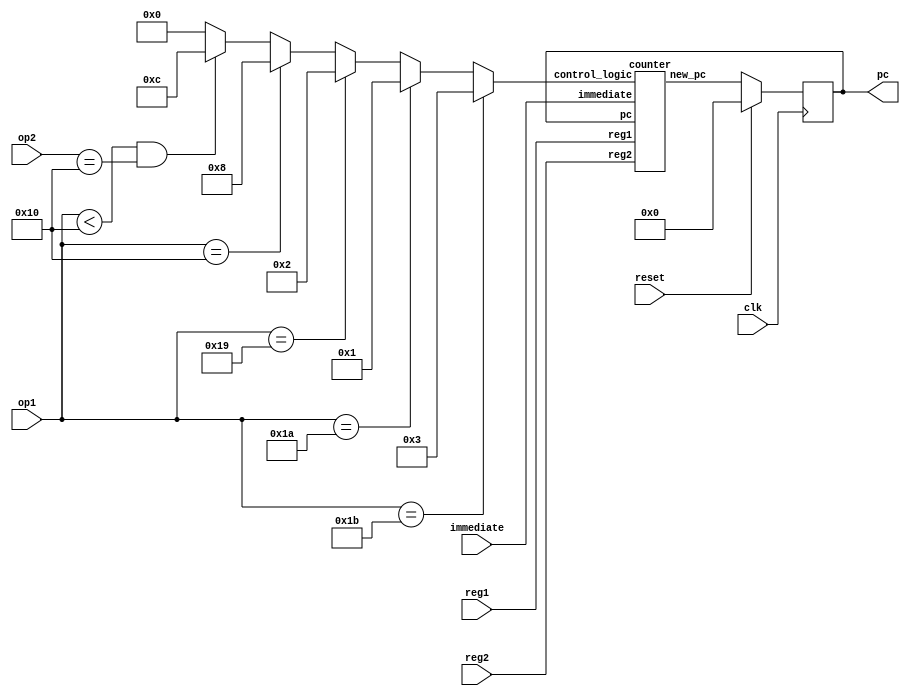
// basic sizes of things
`define Word	[15:0]
`define HalfWord[7:0]
`define Opcode  [4:0]
`define Opcode1	[15:11]
`define Opcode2 [7:3]
`define Reg     [2:0]
`define Reg1    [10:8]
`define Reg2    [2:0]
`define Imm8    [7:0]
`define RegSize [16:0]
`define RegNum  [7:0]
`define RegType [16]
`define RegValue[15:0]
`define MemSize [65535:0]
`define Acc0    [0]
`define Acc1    [1]
`define NumReg  8

// opcode values
`define OPnot	5'b00000
`define OPand	5'b00001
`define OPor	5'b00010
`define OPxor	5'b00011
`define OPadd	5'b00100
`define OPsub	5'b00101
`define OPmul	5'b00110
`define OPdiv	5'b00111
`define OPsh	5'b01000
`define OPslt	5'b01001
`define OPcvt 	5'b01010
`define OPlf	5'b01011
`define OPli	5'b01100
`define OPr2a	5'b01101
`define OPa2r	5'b01110
`define OPst	5'b01111
`define OPjr    5'b10000
`define OPjnz8  5'b11001
`define OPjz8   5'b11010
`define OPjp8   5'b11011
`define OPcf8   5'b11100
`define OPci8   5'b11101
`define OPpre   5'b11110
`define OPsys   5'b11111

//Bit value for float vs int registers
`define Float   1'b1
`define Int     1'b0

//Control signal channels
`define Signal          [3:0]
`define J_8_Compare     [1:0]
`define Reg_Value       [2]
`define Jr_Load         [3]
`define PCinc           2'b00
`define Reg_is_0        2'b01
`define Reg_is_not_0    2'b10
`define UseImm8         2'b11
`define Jr_None         2'b00
`define Jr_Reg1         2'b10
`define Jr_Reg2         2'b11

//PC and jump logic
module tacky_jump(pc, op1, op2, immediate, reg1, reg2, clk, reset);
output reg `Word pc; 
input `Word reg1, reg2, immediate; input `Opcode op1, op2; input clk, reset;

reg `Signal signal;
wire `Word next_pc;

initial 
begin
    pc = 0;
    signal = 0;
end

counter count(next_pc, immediate, reg1, reg2, signal, pc);

always @(op1, op2) 
begin
    if(op1 == `OPjp8)                           signal = {`Jr_None, `UseImm8};
    else if(op1 == `OPjz8)                      signal = {`Jr_None, `Reg_is_0};
    else if(op1 == `OPjnz8)                     signal = {`Jr_None, `Reg_is_not_0};
    else if(op1 == `OPjr)                       signal = {`Jr_Reg1, `PCinc};
    else if(op1 < `OPjr && op2 == `OPjr)        signal = {`Jr_Reg2, `PCinc};
    else                                        signal = {`Jr_None, `PCinc};
end

always @(posedge clk) 
begin
    if(!reset) pc <= next_pc;
    else pc <= 0;
end

endmodule

//Incrementer for pc
module incrementer(newpc, pc);
    output `Word newpc; 
    input `Word pc; 
    
    assign newpc = pc + 1;
endmodule


//Compare to see if a register value is or is not 0, as well as directly set the result if needed. 
//Used for jnz8, jp8, and jz8 (2b'00 is for none of them).
module compare_to_0(result, value, condition);
output reg result; 
input `Word value; input [1:0] condition;

always @(*)
    case(condition)
        `PCinc: result = 0;
        `Reg_is_0: result = value == 0;
        `Reg_is_not_0: result = value != 0;
        `UseImm8: result = 1;
    endcase
endmodule

//circuit which decides next value of pc
//Signal bits:
//[1:0]: decide whether to use load incremeted pc or {pre, immediate}
//[2]: decide which register to use for jr 
//[3]: decide between previous pc decision result and register value for pc (if[1:0] non-zero, should always be 0)
module counter(new_pc, immediate, reg1, reg2, control_logic, pc);
output `Word new_pc;
input `Signal control_logic; input `Word reg1, reg2, immediate, pc;
wire `Word pc_inc, pc_inc_vs_immediate, pc_result, reg1_vs_reg2;  
wire compare_result;

incrementer inc(pc_inc, pc);
compare_to_0 compare(compare_result, reg1, control_logic `J_8_Compare);
assign pc_inc_vs_immediate = (compare_result) ? immediate : pc_inc;
assign reg1_vs_reg2 = (control_logic `Reg_Value) ? reg2 : reg1;
assign pc_result = (control_logic `Jr_Load) ?  reg1_vs_reg2 : pc_inc_vs_immediate;
assign new_pc = pc_result;

endmodule

module tacky_halt(halt, op1);
output halt;
input `Opcode op1;

assign halt = (op1 == `OPsys) ? 1'b1 : 1'b0; 

endmodule

//Instruction memory
module tacky_instruction_mem(instruction, pc, reset);
output `Word instruction; 
input `Word pc; input reset;

reg `Word memory `MemSize;

initial 
begin
    $readmemh0(memory);
end

assign instruction = memory [pc];

always @ (posedge reset) 
begin
    $readmemh0(memory);
end

endmodule

//Register file. Handles determining which values to load based on current opcode(s). 
module tacky_register_file(pre_value, reg1_value, reg2_value, r0_value, r1_value, reg1, reg2, Imm8_to_pre, r0Str, r1Str, RegStr_Imm16, DataStr1, DataStr2, op1, op2, clk, reset);

output `RegSize reg1_value, reg2_value, r0_value, r1_value; //values for registers in instructions, as well as $0 and $1
output `HalfWord pre_value;                                 //value of pre register
input `Reg reg1, reg2;                                      //value coressponding to register number to access in instruction
input `Imm8 Imm8_to_pre;                                    //direct connection 8bit immediate to pre register (for pre instruction)
input `RegSize r0Str, r1Str;                                //results to be stored from ALU
input `Word RegStr_Imm16, DataStr1, DataStr2;               //results to be stored from an immediate value or from data memory
input `Opcode1 op1, op2;                                    //opcodes in instruction
input clk, reset;

reg `RegSize registers `RegNum;
reg `HalfWord pre;

integer i;

initial 
begin
    for (i = 0; i < `NumReg; i = i + 1)
    begin
        registers[i] = 0;
    end
    pre = 0;
end

assign reg1_value = registers[reg1];
assign reg2_value = registers[reg2];
assign r0_value = registers`Acc0;
assign r1_value = registers`Acc1;
assign pre_value = pre;

always @(negedge clk)
begin
    //ALU operations
    if(op1 <= `OPslt) registers `Acc0 <= r0Str;
    if(op1 <= `OPjr && op2 <= `OPslt) registers `Acc1 <= r1Str;
    
    //Pre
    if(op1 == `OPpre) pre <= Imm8_to_pre;
    
    //Load immediate
    if(op1 == `OPcf8) registers[reg1] <= {`Float, RegStr_Imm16};
    if(op1 == `OPci8) registers[reg1] <= {`Int, RegStr_Imm16};
    
    //Load from memory
    if(op1 == `OPlf) registers[reg1] <= {`Float, DataStr1}; 
    if(op1 <= `OPjr && op2 == `OPlf) registers[reg2] <= {`Float, DataStr2};
    if(op1 == `OPli) registers[reg1] <= {`Int, DataStr1};
    if(op1 <= `OPjr && op2 == `OPli) registers[reg2] <= {`Int, DataStr2};
    
    //Accumulator <-> register
    if(op1 == `OPa2r) registers[reg1] <= registers`Acc0;
    if(op1 <= `OPjr && op2 == `OPa2r) registers[reg2] <= registers`Acc1;
    if(op1 == `OPr2a) registers`Acc0 <= registers[reg1];
    if(op1 <= `OPjr && op2 == `OPr2a) registers`Acc1 <= registers[reg2];
end

always @(posedge reset) 
begin
    for (i = 0; i < `NumReg; i = i + 1)
    begin
        registers[i] = 0;
    end
    pre = 0;
end

endmodule 

//External module which prepends pre register to immediate value in instruction.
//Ignored if not needed.
module tacky_prepend(Imm16, pre, Imm8);
    output `Word Imm16;
    input `HalfWord pre, Imm8;
    assign Imm16 = {pre, Imm8};
endmodule


//Data memory
module tacky_data_mem(reg1Str, reg2Str, op1, op2, reg1, reg2, r0, r1, reset);
output reg `Word reg1Str, reg2Str;      //Values to store in register file 
input `Word reg1, reg2, r0, r1;     //values of registers specifed from instructions
input `Opcode op1, op2;             //opcode values in instructions
input reset;

reg `Word memory `MemSize;

initial 
begin
    $readmemh1(memory);
end

always @(op1 or op2 or reg1 or reg2 or r0 or r1)
begin
    if(op1 == `OPst) memory[reg1] = r0;
    if(op1 <= `OPjr && op2 == `OPst) memory[reg2] = r1;
    if(op1 == `OPlf || op1 == `OPli) reg1Str = memory[r0];
    if(op1 <= `OPjr && (op2 == `OPlf || op2 == `OPli) ) reg2Str = memory[r1];
end


always @ (posedge reset) 
begin
    $readmemh1(memory);
end

endmodule

// Floating point Verilog modules for CPE480
// Created February 19, 2019 by Henry Dietz, http://aggregate.org/hankd
// Distributed under CC BY 4.0, https://creativecommons.org/licenses/by/4.0/

// Field definitions
`define	WORD	[15:0]	// generic machine word size
`define	INT	signed [15:0]	// integer size
`define FLOAT	[15:0]	// half-precision float size
`define FSIGN	[15]	// sign bit
`define FEXP	[14:7]	// exponent
`define FFRAC	[6:0]	// fractional part (leading 1 implied)

// Constants
`define	FZERO	16'b0	  // float 0
`define F32767  16'h46ff  // closest approx to 32767, actually 32640
`define F32768  16'hc700  // -32768

// Count leading zeros, 16-bit (5-bit result) d=lead0s(s)
module lead0s(d, s);
output wire [4:0] d;
input wire `WORD s;
wire [4:0] t;
wire [7:0] s8;
wire [3:0] s4;
wire [1:0] s2;
assign t[4] = 0;
assign {t[3],s8} = ((|s[15:8]) ? {1'b0,s[15:8]} : {1'b1,s[7:0]});
assign {t[2],s4} = ((|s8[7:4]) ? {1'b0,s8[7:4]} : {1'b1,s8[3:0]});
assign {t[1],s2} = ((|s4[3:2]) ? {1'b0,s4[3:2]} : {1'b1,s4[1:0]});
assign t[0] = !s2[1];
assign d = (s ? t : 16);
endmodule

// Float set-less-than, 16-bit (1-bit result) torf=a<b
module fslt(torf, a, b);
output wire torf;
input wire `FLOAT a, b;
assign torf = (a `FSIGN && !(b `FSIGN)) ||
	      (a `FSIGN && b `FSIGN && (a[14:0] > b[14:0])) ||
	      (!(a `FSIGN) && !(b `FSIGN) && (a[14:0] < b[14:0]));
endmodule

// Floating-point addition, 16-bit r=a+b
module fadd(r, a, b);
output wire `FLOAT r;
input wire `FLOAT a, b;
wire `FLOAT s;
wire [8:0] sexp, sman, sfrac;
wire [7:0] texp, taman, tbman;
wire [4:0] slead;
wire ssign, aegt, amgt, eqsgn;
assign r = ((a == 0) ? b : ((b == 0) ? a : s));
assign aegt = (a `FEXP > b `FEXP);
assign texp = (aegt ? (a `FEXP) : (b `FEXP));
assign taman = (aegt ? {1'b1, (a `FFRAC)} : ({1'b1, (a `FFRAC)} >> (texp - a `FEXP)));
assign tbman = (aegt ? ({1'b1, (b `FFRAC)} >> (texp - b `FEXP)) : {1'b1, (b `FFRAC)});
assign eqsgn = (a `FSIGN == b `FSIGN);
assign amgt = (taman > tbman);
assign sman = (eqsgn ? (taman + tbman) : (amgt ? (taman - tbman) : (tbman - taman)));
lead0s m0(slead, {sman, 7'b0});
assign ssign = (amgt ? (a `FSIGN) : (b `FSIGN));
assign sfrac = sman << slead;
assign sexp = (texp + 1) - slead;
assign s = (sman ? (sexp ? {ssign, sexp[7:0], sfrac[7:1]} : 0) : 0);
endmodule

// Floating-point multiply, 16-bit r=a*b
module fmul(r, a, b);
output wire `FLOAT r;
input wire `FLOAT a, b;
wire [15:0] m; // double the bits in a fraction, we need high bits
wire [7:0] e;
wire s;
assign s = (a `FSIGN ^ b `FSIGN);
assign m = ({1'b1, (a `FFRAC)} * {1'b1, (b `FFRAC)});
assign e = (((a `FEXP) + (b `FEXP)) -127 + m[15]);
assign r = (((a == 0) || (b == 0)) ? 0 : (m[15] ? {s, e, m[14:8]} : {s, e, m[13:7]}));
endmodule

// Floating-point reciprocal, 16-bit r=1.0/a
// Note: requires initialized inverse fraction lookup table
module frecip(r, a);
output wire `FLOAT r;
input wire `FLOAT a;
reg [6:0] look[127:0];
initial $readmemh2(look);
assign r `FSIGN = a `FSIGN;
assign r `FEXP = 253 + (!(a `FFRAC)) - a `FEXP;
assign r `FFRAC = look[a `FFRAC];
endmodule

// Floating-point shift, 16 bit
// Shift +left,-right by integer
module fshift(r, f, i);
output wire `FLOAT r;
input wire `FLOAT f;
input wire `INT i;
assign r `FFRAC = f `FFRAC;
assign r `FSIGN = f `FSIGN;
assign r `FEXP = (f ? (f `FEXP + i) : 0);
endmodule

// Integer to float conversion, 16 bit
module i2f(f, i);
output wire `FLOAT f;
input wire `INT i;
wire [4:0] lead;
wire `WORD pos;
assign pos = (i[15] ? (-i) : i);
lead0s m0(lead, pos);
assign f `FFRAC = (i ? ({pos, 8'b0} >> (16 - lead)) : 0);
assign f `FSIGN = i[15];
assign f `FEXP = (i ? (128 + (14 - lead)) : 0);
endmodule

// Float to integer conversion, 16 bit
// Note: out-of-range values go to -32768 or 32767
module f2i(i, f);
output wire `INT i;
input wire `FLOAT f;
wire `FLOAT ui;
wire tiny, big;
fslt m0(tiny, f, `F32768);
fslt m1(big, `F32767, f);
assign ui = {1'b1, f `FFRAC, 16'b0} >> ((128+22) - f `FEXP);
assign i = (tiny ? 0 : (big ? 32767 : (f `FSIGN ? (-ui) : ui)));
endmodule

module sh(out, a, b); //out = a >> b (b positive) or a << b (b negative)
input signed `RegValue a, b;
output `RegValue out;
wire `INT flip = 0-b;
assign out = ((b>=0) ? (a >> b) : (a << flip));
endmodule


//ALU unit
module tacky_ALU(resultout, op, acc, regIn);
output reg `RegSize resultout;
input `Opcode op;
input `RegSize acc, regIn;
wire `INT accValue = acc `RegValue, regInValue = regIn `RegValue;
wire `FLOAT floatAdd, floatRecip, floatMul, floatSub, floatDiv;
wire `RegValue shifted;
wire setLess;

fslt floatslt(setLess, acc `RegValue, regIn `RegValue);
sh shift(shifted, accValue, regInValue); 
fadd floatadd(floatAdd, acc `RegValue, regIn `RegValue);
fadd floatsub(floatSub, acc `RegValue, regIn `RegValue);
frecip floatrecip(floatRecip, regIn `RegValue);
fmul floatmul(floatMul, acc `RegValue, regIn `RegValue);
fmul floatdiv(floatDiv, acc `RegValue, floatRecip `RegValue);

wire `INT intC, floatC;
f2i floatreg(intC, regIn `RegValue);
i2f intreg(floatC, regIn `RegValue);

always @(*)
begin
    casez ({acc `RegType, op})
        {`Float, `OPadd}: resultout = {acc `RegType, floatAdd};
        {`Float, `OPsub}: resultout = {acc `RegType, floatSub};
        {`Float, `OPmul}: resultout = {acc `RegType, floatMul};
        {`Float, `OPdiv}: resultout = {acc `RegType, floatDiv};
        {`Float, `OPcvt}: resultout = {`Int, intC};
        {`Int, `OPcvt}: resultout = {`Float, floatC};
        {`Int, `OPadd}: resultout ={acc `RegType,  (accValue + regInValue)};
        {`Int, `OPsub}: resultout = {acc `RegType, (accValue - regInValue)};
        {`Int, `OPmul}: resultout = {acc `RegType, (accValue * regInValue)};
        {`Int, `OPdiv}: resultout = {acc `RegType, (accValue / regInValue)};
        {1'b?, `OPand}: resultout = {acc `RegType, (accValue & regInValue)};
        {1'b?, `OPor} : resultout = {acc `RegType, (accValue | regInValue)};
        {1'b?, `OPxor}:resultout = {acc `RegType, (accValue ^ regInValue)};
        {1'b?, `OPnot}: resultout = {acc `RegType, (~accValue)};
        {1'b?, `OPsh}: resultout = {acc `RegType, shifted};
        {`Float, `OPslt}: resultout = {`Int, setLess};
        {`Int, `OPslt}: resultout = {`Int, accValue < regInValue };
        default: resultout = acc;
    endcase
end 
endmodule

//Complete processor
module tacky_processor(halt, reset, clk);
output halt;
input reset, clk;

wire `Word instruction_bus, pc_bus, immediate_bus, mem1_bus, mem2_bus;
wire `RegSize reg1_bus, reg2_bus, r0_bus, r1_bus, ALU1_bus, ALU2_bus;
wire `HalfWord pre_bus;

tacky_jump pc_jump(pc_bus, instruction_bus `Opcode1, instruction_bus `Opcode2, immediate_bus, reg1_bus `RegValue, reg2_bus `RegValue, clk, reset); //PC+jump logic
tacky_prepend pre_imm(immediate_bus, pre_bus, instruction_bus `Imm8); //Component to prepend pre with an immediate value
tacky_halt halter(halt, instruction_bus `Opcode1); //Halt signal
tacky_instruction_mem instr_mem(instruction_bus, pc_bus, reset); //memory for instructions
tacky_register_file regfile(pre_bus, reg1_bus, reg2_bus, r0_bus, r1_bus, instruction_bus `Reg1, instruction_bus `Reg2, instruction_bus `Imm8, ALU1_bus, ALU2_bus, immediate_bus, mem1_bus, mem2_bus, instruction_bus `Opcode1, instruction_bus `Opcode2, clk, reset); //register file
tacky_ALU alu1(ALU1_bus, instruction_bus `Opcode1, r0_bus, reg1_bus); //ALU for first instruction
tacky_ALU alu2(ALU2_bus, instruction_bus `Opcode2, r1_bus, reg2_bus); //ALU for second instruction (if needed)
tacky_data_mem data_mem(mem1_bus, mem2_bus, instruction_bus `Opcode1, instruction_bus `Opcode2, reg1_bus `RegValue, reg2_bus `RegValue, r0_bus `RegValue, r1_bus `RegValue, reset); //data memory
endmodule


module testbench;
reg reset = 0;
reg clk = 0;
wire halted;

tacky_processor PE(halted, reset, clk);

initial begin
  $dumpfile;
  $dumpvars(0, PE);
  #10 reset = 1;
  #10 reset = 0;
  while (!halted) begin
    #1 clk = 1;
    #1 clk = 0;
  end
  $finish;
end

initial begin
    #(10**10) $finish;
end

endmodule